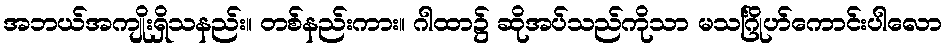
အဘယ်အကျိုးရှိသနည်း။ တစ်နည်းကား။ ဂါထာ၌ ဆိုအပ်သည်ကိုသာ မသင်္ဂြိုဟ်ကောင်းပါလော